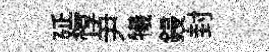
延惇尹犧鋟封